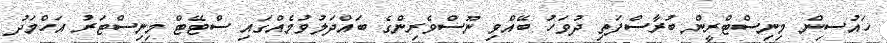
ހައުސިން މިނިސްޓްރީން ބުރާސްފަތި ދުވަހު ބޭއްވި ނޫސްވެެރިންގެ ބައްދަލުވުމެއްގައި ސްޓޭޓް މިނިސްޓަރު އަހްމަދު